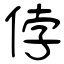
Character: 侼